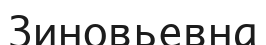
Зиновьевна